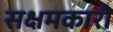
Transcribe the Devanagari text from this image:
सक्षमकारी